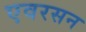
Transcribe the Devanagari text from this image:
एवरसन